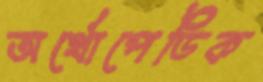
অর্থোপেডিক